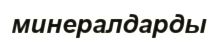
минералдарды